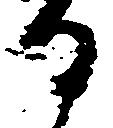
る